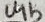
Text: U4b